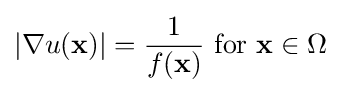
|\nabla u(\mathbf {x} )|={\frac {1}{f(\mathbf {x} )}}{\text{ for }}\mathbf {x} \in \Omega